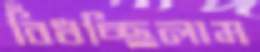
বিঁধচ্ছিলাম